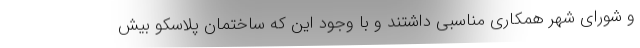
و شورای شهر همکاری مناسبی داشتند و با وجود این که ساختمان پلاسکو بیش